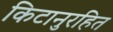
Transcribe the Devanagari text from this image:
किटानुरहित